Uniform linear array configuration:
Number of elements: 24
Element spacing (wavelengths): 1
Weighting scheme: uniform
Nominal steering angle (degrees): -45
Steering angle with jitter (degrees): -43.298
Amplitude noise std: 0.05
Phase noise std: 0.05

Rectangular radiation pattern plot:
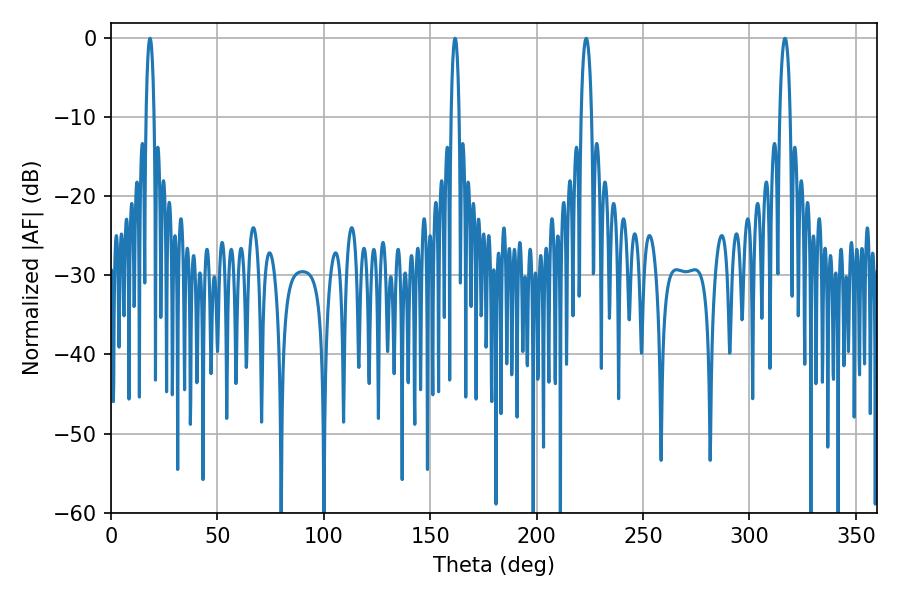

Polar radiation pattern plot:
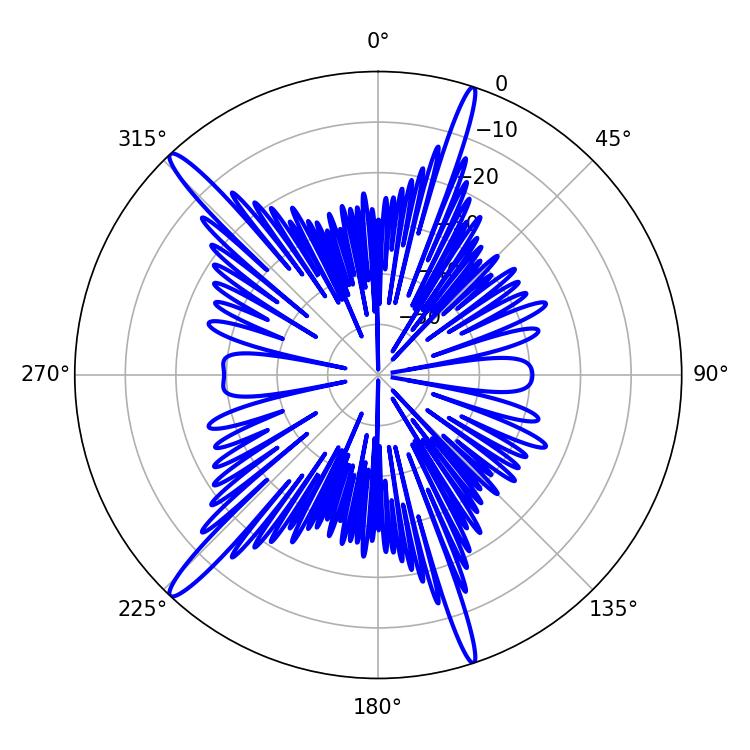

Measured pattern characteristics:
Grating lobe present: TRUE
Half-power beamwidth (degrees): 2.16
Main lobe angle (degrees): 161.64